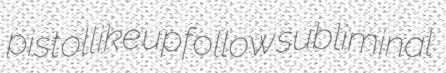
pistollike upfollow subliminal